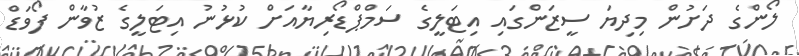
ލޯންގެ ދަށުން މިދިޔަ ސީޒަންގައި އިޓަލީގެ ސަމްޕްޑޯރިޔާއަށް ކުޅުނު އިޓަލީގެ ޒުވާން ފޯވަޑް